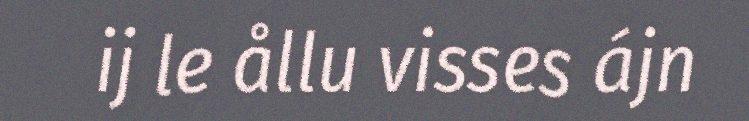
ij le ållu visses ájn